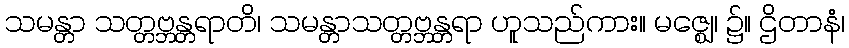
သမန္တာ သတ္တဗ္ဘန္တရာတိ၊ သမန္တာသတ္တဗ္ဘန္တရာ ဟူသည်ကား။ မဇ္ဈေ၊ ၌။ ဌိတာနံ၊